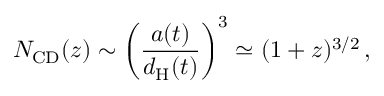
N _ { \mathrm { C D } } ( z ) \sim \left( { \frac { a ( t ) } { d _ { \mathrm { H } } ( t ) } } \right) ^ { 3 } \simeq ( 1 + z ) ^ { 3 / 2 } \, ,